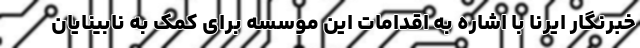
خبرنگار ایرنا با اشاره به اقدامات این موسسه برای کمک به نابینایان